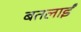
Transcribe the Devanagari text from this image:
बतलाईं